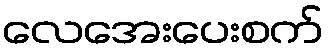
လေအေးပေးစက်